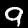
Label: 9